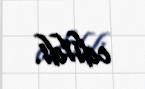
edildi.